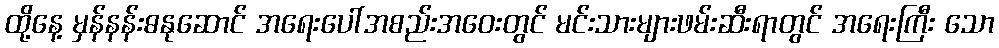
ထို့နေ့ မှန်နန်းဓနုဆောင် အရေးပေါ်အစည်းအဝေးတွင် မင်းသားများဖမ်းဆီးရာတွင် အရေးကြီး သော